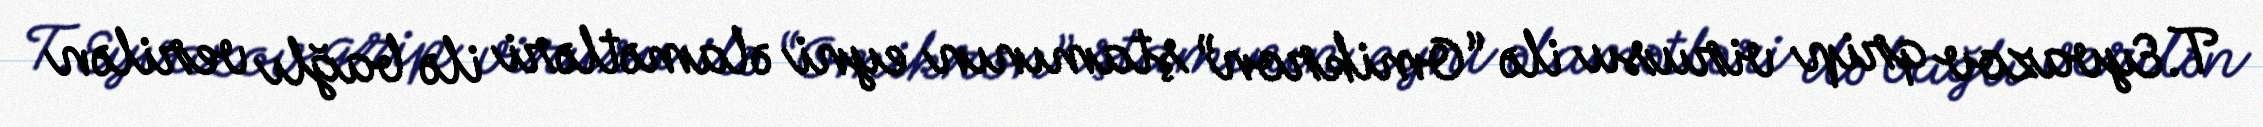
T.Eyvazov qrip virusu ilə “Omikron” ştamının eyni əlamətləri ilə bağlı verilən